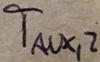
Text: TAUX,2